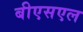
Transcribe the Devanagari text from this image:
बीएसएल